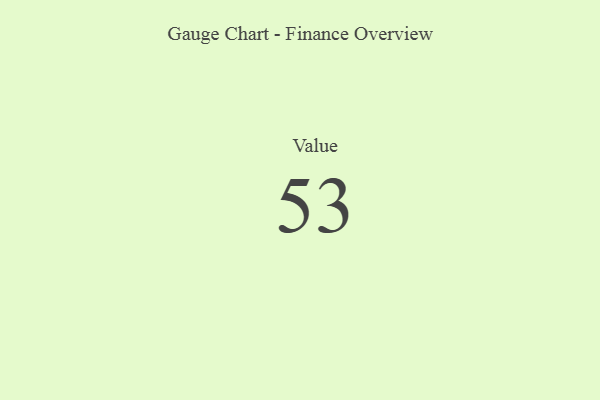
{"axis": {"x": "Metric", "y": "Value"}, "legend": [""], "data": [{"x": "Value", "y": 53, "type": ""}]}